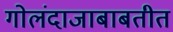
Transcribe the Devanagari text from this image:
गोलंदाजाबाबतीत